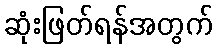
ဆုံးဖြတ်ရန်အတွက်